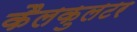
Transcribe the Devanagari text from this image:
कैलकुलटर